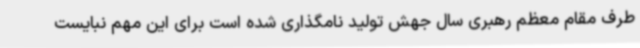
طرف مقام معظم رهبری سال جهش تولید نامگذاری شده است برای این مهم نبایست